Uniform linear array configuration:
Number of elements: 24
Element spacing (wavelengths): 0.5
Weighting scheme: blackman
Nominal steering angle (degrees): -45
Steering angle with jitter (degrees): -43.492
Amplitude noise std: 0.05
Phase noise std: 0.05

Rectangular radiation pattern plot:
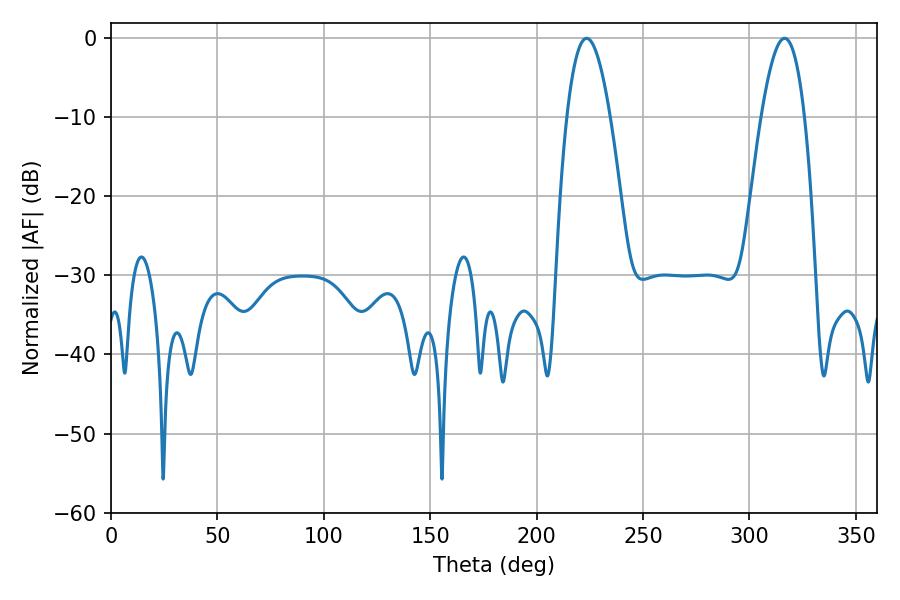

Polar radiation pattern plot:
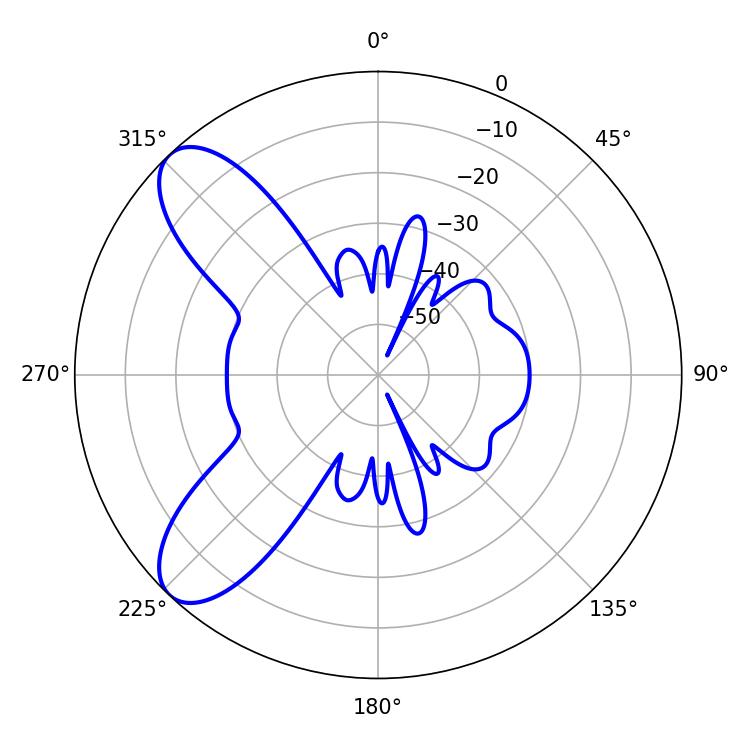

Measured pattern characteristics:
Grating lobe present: FALSE
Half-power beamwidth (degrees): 11.16
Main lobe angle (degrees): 223.56